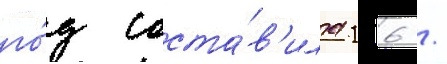
го́д соста́в'ила 16 /